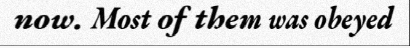
now. Most of them was obeyed